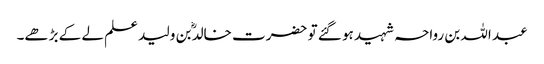
عبد اللہ بن رواحہ شہید ہو گئے تو حضرت خالدؓ بن ولید علم لے کے بڑھے۔